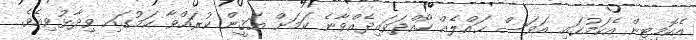
އެކޮމިޓީން އެކަމުގައި އަވަސް ޙައްލެއް ހޯއްދަވައިދެއްވާނެ ކަމަށް ޔަޤީން ކުރައްވާ ކަމުގައި ވިދާޅުވިއެވެ.